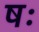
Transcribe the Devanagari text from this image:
षः